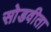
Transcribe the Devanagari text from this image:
सोडवीता